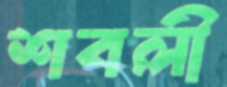
শবলী